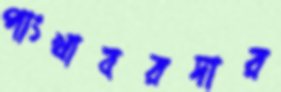
পাংখাবরদার